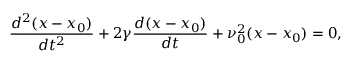
\frac { d ^ { 2 } ( x - x _ { 0 } ) } { d t ^ { 2 } } + 2 \gamma \frac { d ( x - x _ { 0 } ) } { d t } + \nu _ { 0 } ^ { 2 } ( x - x _ { 0 } ) = 0 ,